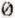
0